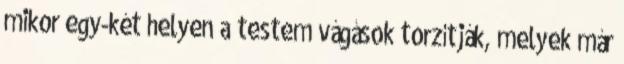
mikor egy-két helyen a testem vágások torzítják, melyek már